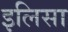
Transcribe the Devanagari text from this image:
इलिसा